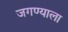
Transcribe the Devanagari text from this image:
जगण्याला